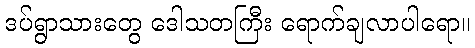
ဒပ်ရွာသားတွေ ဒေါသတကြီး ရောက်ချလာပါရော။